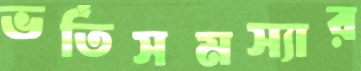
ভর্তিসমস্যার